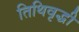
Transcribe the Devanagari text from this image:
तिथिवृद्धी